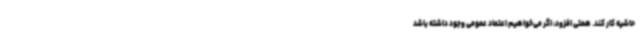
حاشیه کار کند. همتی افزود: اگر می‌خواهیم اعتماد عمومی وجود داشته باشد